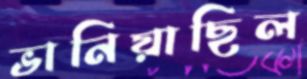
ভানিয়াছিল